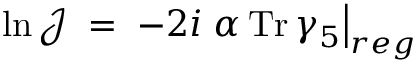
\ln { \mathcal J } \; = \; - 2 i \left. \alpha \, \mathrm { T r } \, \gamma _ { 5 } \right| _ { r e g }